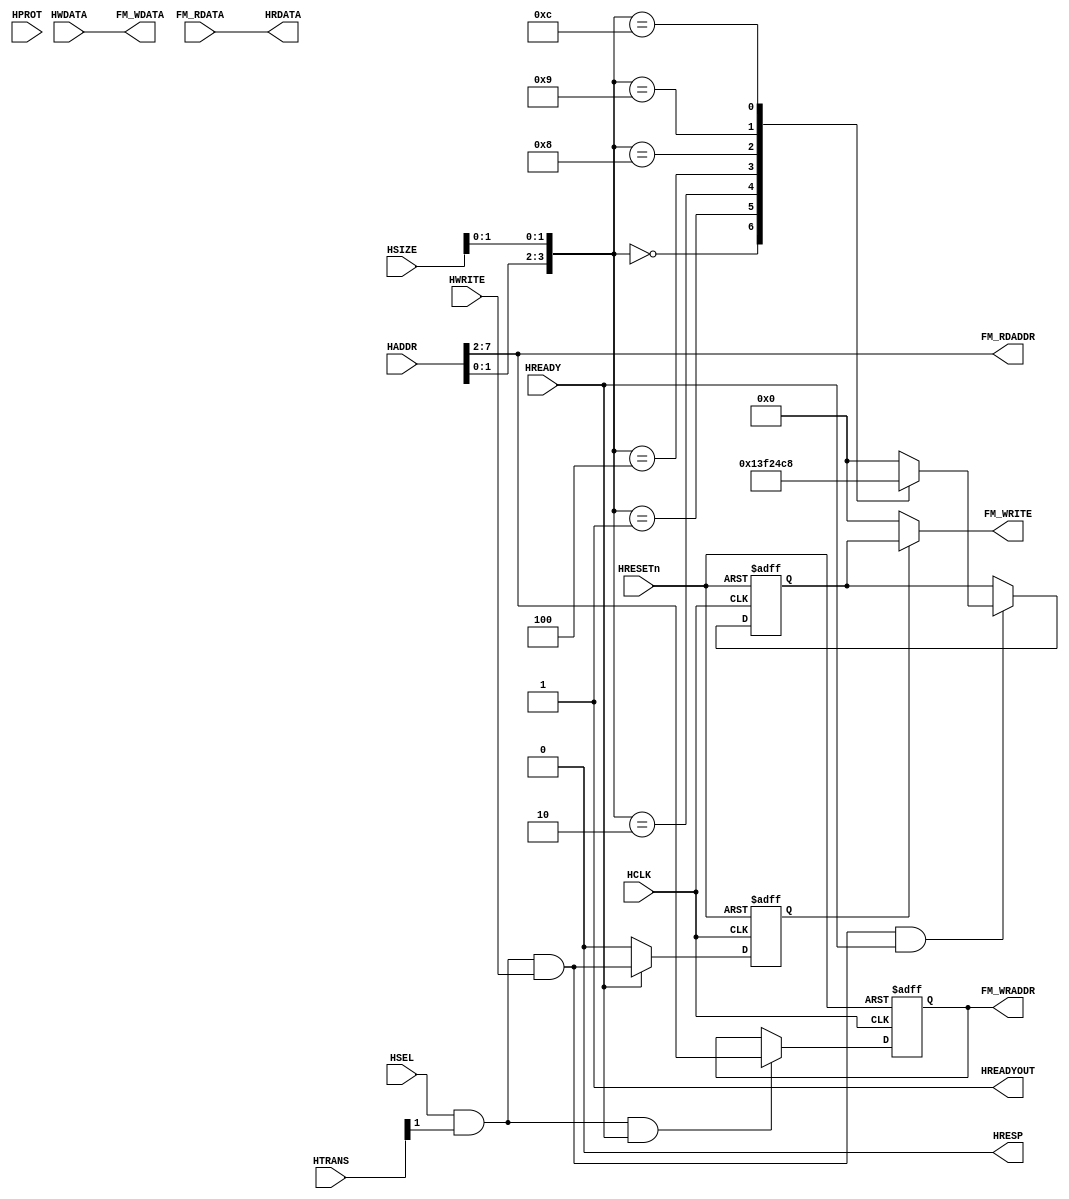
module AHBlite_Block_RAM_FM_Data #(
    parameter                       FM_ADDR_WIDTH = 6)(
    input  wire                     HCLK,    
    input  wire                     HRESETn, 
    input  wire                     HSEL,    
    input  wire   [31:0]            HADDR,   
    input  wire   [1:0]             HTRANS,  
    input  wire   [2:0]             HSIZE,   
    input  wire   [3:0]             HPROT,   
    input  wire                     HWRITE,  
    input  wire   [31:0]            HWDATA,   
    input  wire                      HREADY, 
    output wire                     HREADYOUT, 
    output wire   [31:0]            HRDATA,  
    output wire                     HRESP,
    output wire   [FM_ADDR_WIDTH-1:0]  FM_RDADDR,
    output wire   [FM_ADDR_WIDTH-1:0]  FM_WRADDR,
    input  wire   [31:0]            FM_RDATA,
    output wire   [31:0]            FM_WDATA,
    output wire   [3:0]             FM_WRITE
);

assign HRESP = 1'b0;
assign HRDATA = FM_RDATA;

wire trans_en;
assign trans_en = HSEL & HTRANS[1];

wire write_en;
assign write_en = trans_en & HWRITE;

wire read_en;
assign read_en = trans_en & (~HWRITE);

reg [3:0] size_dec;
always@(*) begin
  case({HADDR[1:0],HSIZE[1:0]})
    4'h0 : size_dec = 4'h1;
    4'h1 : size_dec = 4'h3;
    4'h2 : size_dec = 4'hf;
    4'h4 : size_dec = 4'h2;
    4'h8 : size_dec = 4'h4;
    4'h9 : size_dec = 4'hc;
    4'hc : size_dec = 4'h8;
    default : size_dec = 4'h0;
  endcase
end

reg [3:0] size_reg;
always@(posedge HCLK or negedge HRESETn) begin
  if(~HRESETn) size_reg <= 0;
  else if(write_en & HREADY) size_reg <= size_dec;
end


reg [FM_ADDR_WIDTH-1:0] addr_reg;
always@(posedge HCLK or negedge HRESETn) begin
  if(~HRESETn) addr_reg <= 0;
  else if(trans_en & HREADY) addr_reg <= HADDR[(FM_ADDR_WIDTH+1):2];
end


reg wr_en_reg;

always@(posedge HCLK or negedge HRESETn) begin
  if(~HRESETn) wr_en_reg <= 1'b0;
  else if(HREADY) wr_en_reg <= write_en;
  else wr_en_reg <= 1'b0;
end

assign FM_RDADDR = HADDR[(FM_ADDR_WIDTH+1):2];
assign FM_WRADDR  = addr_reg;
assign HREADYOUT = 1'b1;
assign FM_WRITE = wr_en_reg ? size_reg : 4'h0;
assign FM_WDATA = HWDATA; 

endmodule